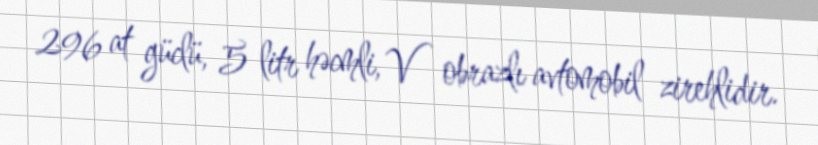
296 at güclü, 5 litr həcmli, V obrazlı avtomobil zirehlidir.